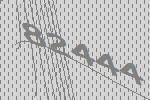
82444